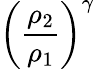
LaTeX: \left({\frac{\rho_{2}}{\rho_{1}}}\right)^{\gamma}